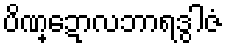
ပိဏ္ဍောလဘာရဒွါဇံ